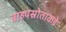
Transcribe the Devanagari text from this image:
बाह्यस्रोताकडे